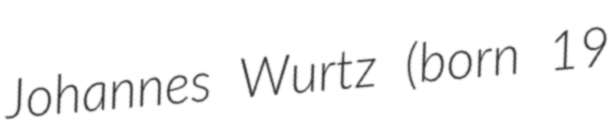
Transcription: Johannes Wurtz (born 19